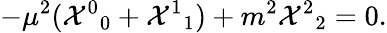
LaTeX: -\mu^{2}({{\cal X}^{0}}_{0}+{{\cal X}^{1}}_{1})+m^{2}{{\cal X}^{2}}_{2}=0.